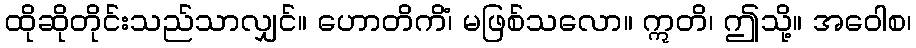
ထိုဆိုတိုင်းသည်သာလျှင်။ ဟောတိကိံ၊ မဖြစ်သလော။ ဣတိ၊ ဤသို့။ အဝေါစ၊